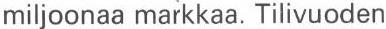
miljoonaa markkaa. Tilivuoden